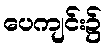
ပေကျင်း၌